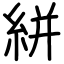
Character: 絣